Source: Handwritten
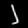
Digit: ၂ (2)